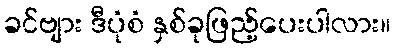
ခင်ဗျား ဒီပုံစံ နှစ်ခုဖြည့်ပေးပါလား။